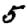
Digit: 5